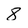
Character: 8